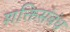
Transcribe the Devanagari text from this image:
शक्तिसंबंध